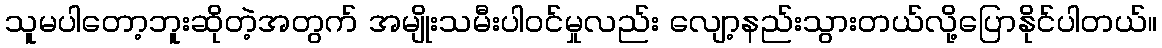
သူမပါတော့ဘူးဆိုတဲ့အတွက် အမျိုးသမီးပါဝင်မှုလည်း လျော့နည်းသွားတယ်လို့ပြောနိုင်ပါတယ်။